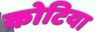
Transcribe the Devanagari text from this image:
कोटिया